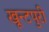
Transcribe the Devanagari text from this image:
खून्टपुरी